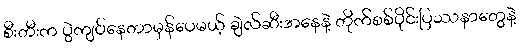
စီးတီးက ပွဲကျပ်နေတာမှန်ပေမယ့် ချဲလ်ဆီးအနေနဲ့ တိုက်စစ်ပိုင်းပြဿနာတွေနဲ့